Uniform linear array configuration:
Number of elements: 24
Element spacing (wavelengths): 1
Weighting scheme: cosine
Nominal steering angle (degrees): -60
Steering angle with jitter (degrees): -58.436
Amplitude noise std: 0.05
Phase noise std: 0.05

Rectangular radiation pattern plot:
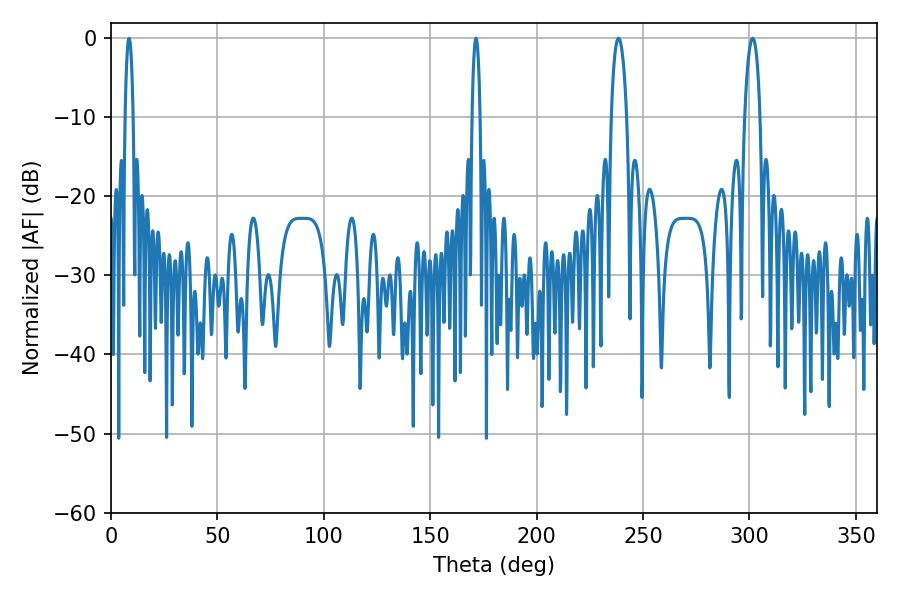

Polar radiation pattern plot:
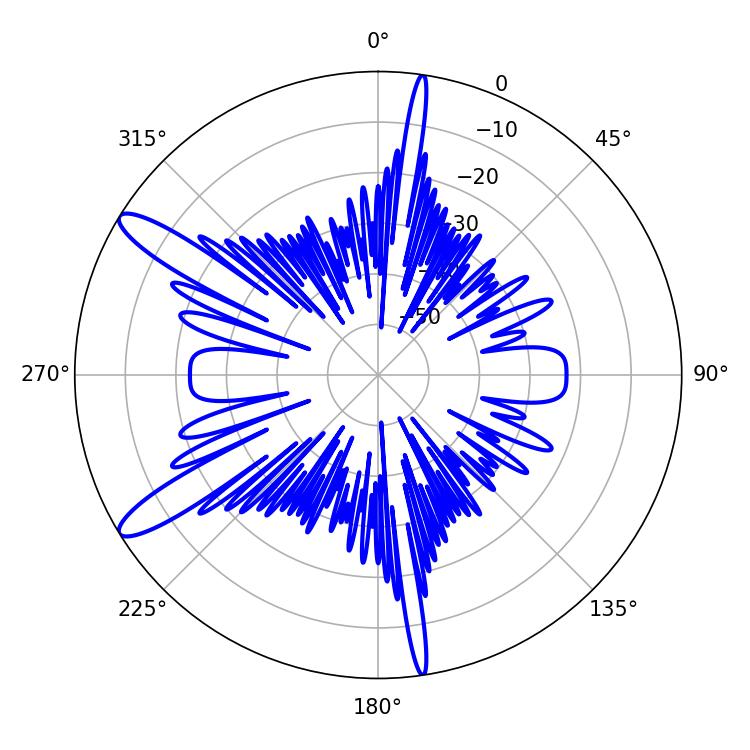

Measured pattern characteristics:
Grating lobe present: TRUE
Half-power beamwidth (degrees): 4.14
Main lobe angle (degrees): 238.5